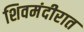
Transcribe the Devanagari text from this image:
शिवमंदीरात